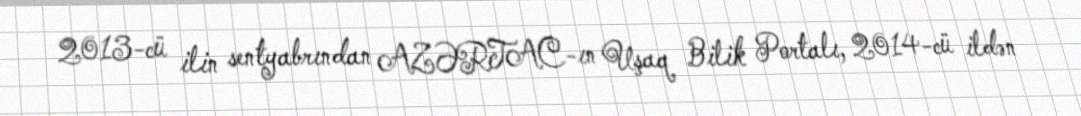
2013-cü ilin sentyabrından AZƏRTAC-ın Uşaq Bilik Portalı, 2014-cü ildən